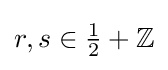
{\textstyle r,s\in {1 \over 2}+{\mathbb {Z} }}